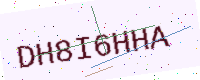
Text: DH8I6HHA